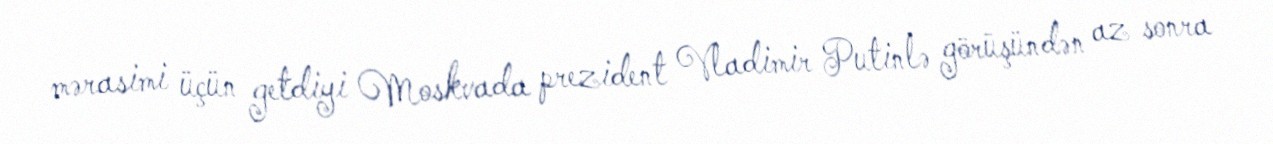
mərasimi üçün getdiyi Moskvada prezident Vladimir Putinlə görüşündən az sonra